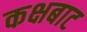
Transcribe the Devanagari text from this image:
कक्षबाट